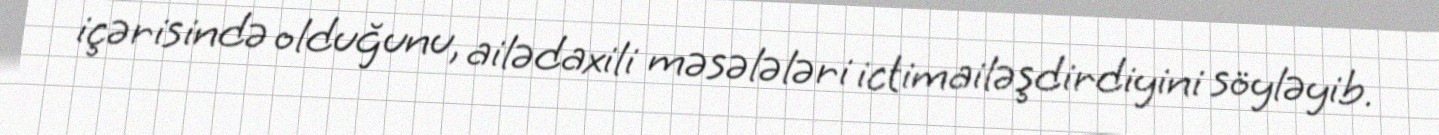
içərisində olduğunu, ailədaxili məsələləri ictimailəşdirdiyini söyləyib.